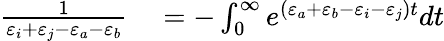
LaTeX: \begin{array}{rl}{\frac{1}{\varepsilon_{i}+\varepsilon_{j}-\varepsilon_{a}-\varepsilon_{b}}}&{{}=-\int_{0}^{\infty}e^{(\varepsilon_{a}+\varepsilon_{b}-\varepsilon_{i}-\varepsilon_{j})t}dt}\end{array}